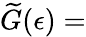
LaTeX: \widetilde G(\epsilon)=